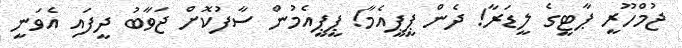
ޖުމްހޫރީ ޕާޓީގެ ލީޑަރާ! ދެން ޕީޕީއެމާ! ޕީޕީއެމުން ސާފުކޮށް ޖަވާބު ދީފައި އެވަނީ